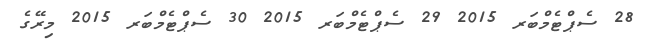
28 ސެޕްޓެމްބަރ 2015 29 ސެޕްޓެމްބަރ 2015 30 ސެޕްޓެމްބަރ 2015 މިރޭގެ